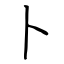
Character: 卜